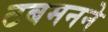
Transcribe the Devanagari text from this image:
टबमनने